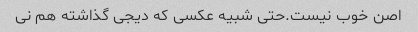
اصن خوب نیست.حتی شبیه عکسی که دیجی گذاشته هم نی